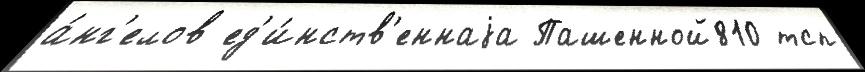
а́нг'елов ед'и́нств'еннаjа Пашенной810 тсп